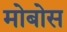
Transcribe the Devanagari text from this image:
मोबोस